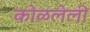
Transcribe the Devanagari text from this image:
कोळलेली